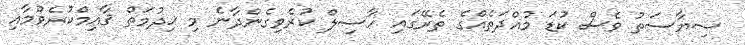
ސިޔާސަތު ވެސް ކުޑަ މުއްދަތެއްގެ ތެރޭގައި ހާސިލް ކުރެވިގެންދާނެ މި ޚިދުމަތް ޤާއިމްކުރެވުމާއި